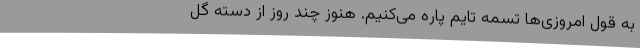
به قول امروزی‌ها تسمه تایم پاره می‌کنیم. هنوز چند روز از دسته گل